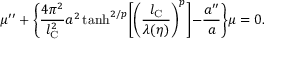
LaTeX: \mu ^ { \prime \prime } + \biggl \{ \frac { 4 \pi ^ { 2 } } { l _ { \mathrm { C } } ^ { 2 } } a ^ { 2 } \operatorname { t a n h } ^ { 2 / p } \biggl [ \biggl ( \frac { l _ { \mathrm { C } } } { \lambda ( \eta ) } \biggr ) ^ { p } \biggl ] - \frac { a ^ { \prime \prime } } { a } \biggr \} \mu = 0 .